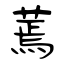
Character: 蔫